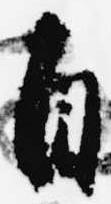
自